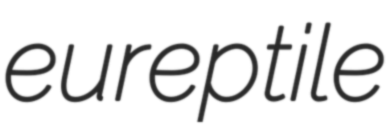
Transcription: eureptile